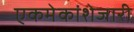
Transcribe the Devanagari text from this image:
एकमेकांशेजारी